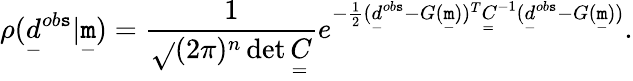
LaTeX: \rho(\underset{-}{d}^{ob\mathtt{s}}|\underset{-}{\mathtt{m}})=\frac{{1}}{{\sqrt{}{{(2\pi)^{n}\operatorname*{det}\underset{=}{C}}}}}e^{-\frac{{1}}{{2}}(\underset{-}{d}^{ob\mathtt{s}}-G(\underset{-}{\mathtt{m}}))^{T}\underset{=}{C}^{-1}(\underset{-}{d}^{ob\mathtt{s}}-G(\underset{-}{\mathtt{m}}))}.